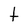
Character: t